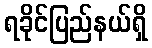
ရခိုင်ပြည်နယ်ရှိ